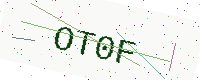
Text: OT0F